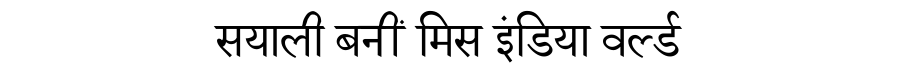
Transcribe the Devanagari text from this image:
सयाली बनीं मिस इंडिया वर्ल्ड